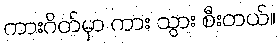
ကားဂိတ်မှာ ကား သွား စီးတယ်။